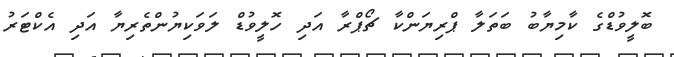
ބޮލީވުޑްގެ ކާމިޔާބު ބަތަލާ ޕްރިޔަންކާ ޗޯޕްރާ އަދި ހޮލީވުޑް ލަވަކިޔުންތެރިޔާ އަދި އެކްޓަރު